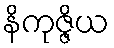
နိကုဇ္ဇိယ